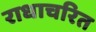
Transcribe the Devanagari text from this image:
राधाचरित